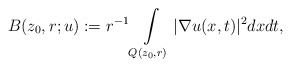
\begin{align*}B(z_{0},r;u):=r^{-1}\int\limits_{Q(z_{0},r)}|\nabla u(x,t)|^2dxdt,\end{align*}